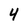
Character: 4